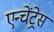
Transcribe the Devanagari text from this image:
एन्चेंट्रेस